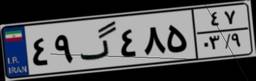
۳۴گ۰۹۱۱۴